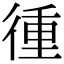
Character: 㣫